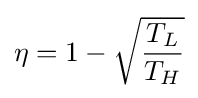
\eta =1-{\sqrt {\frac {T_{L}}{T_{H}}}}